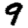
Digit: 9